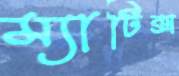
ম্যাটিক্স